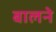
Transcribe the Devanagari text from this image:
बालने